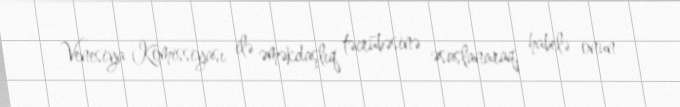
Venesiya Komissiyası ilə əməkdaşlıq təcrübəsinə əsaslanaraq, habelə onun